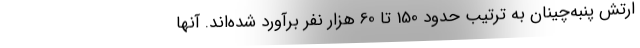
ارتش پنبه‌چینان به ترتیب حدود 150 تا 60 هزار نفر برآورد شده‌اند. آنها